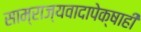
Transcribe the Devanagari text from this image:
साम्राज्यवादापेक्षाही